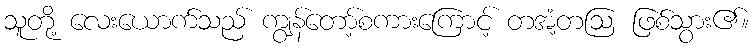
သူတို့ လေးယောက်သည် ကျွန်တော့်စကားကြောင့် တအံ့တဩ ဖြစ်သွား၏။